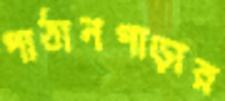
পাঠানপাড়ার